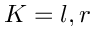
K = l , r